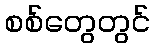
စစ်တွေတွင်